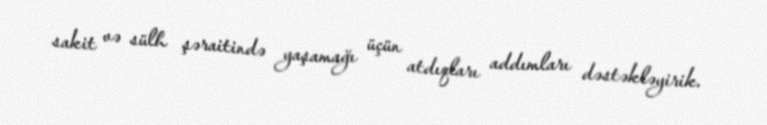
sakit və sülh şəraitində yaşamağı üçün atdıqları addımları dəstəkləyirik.